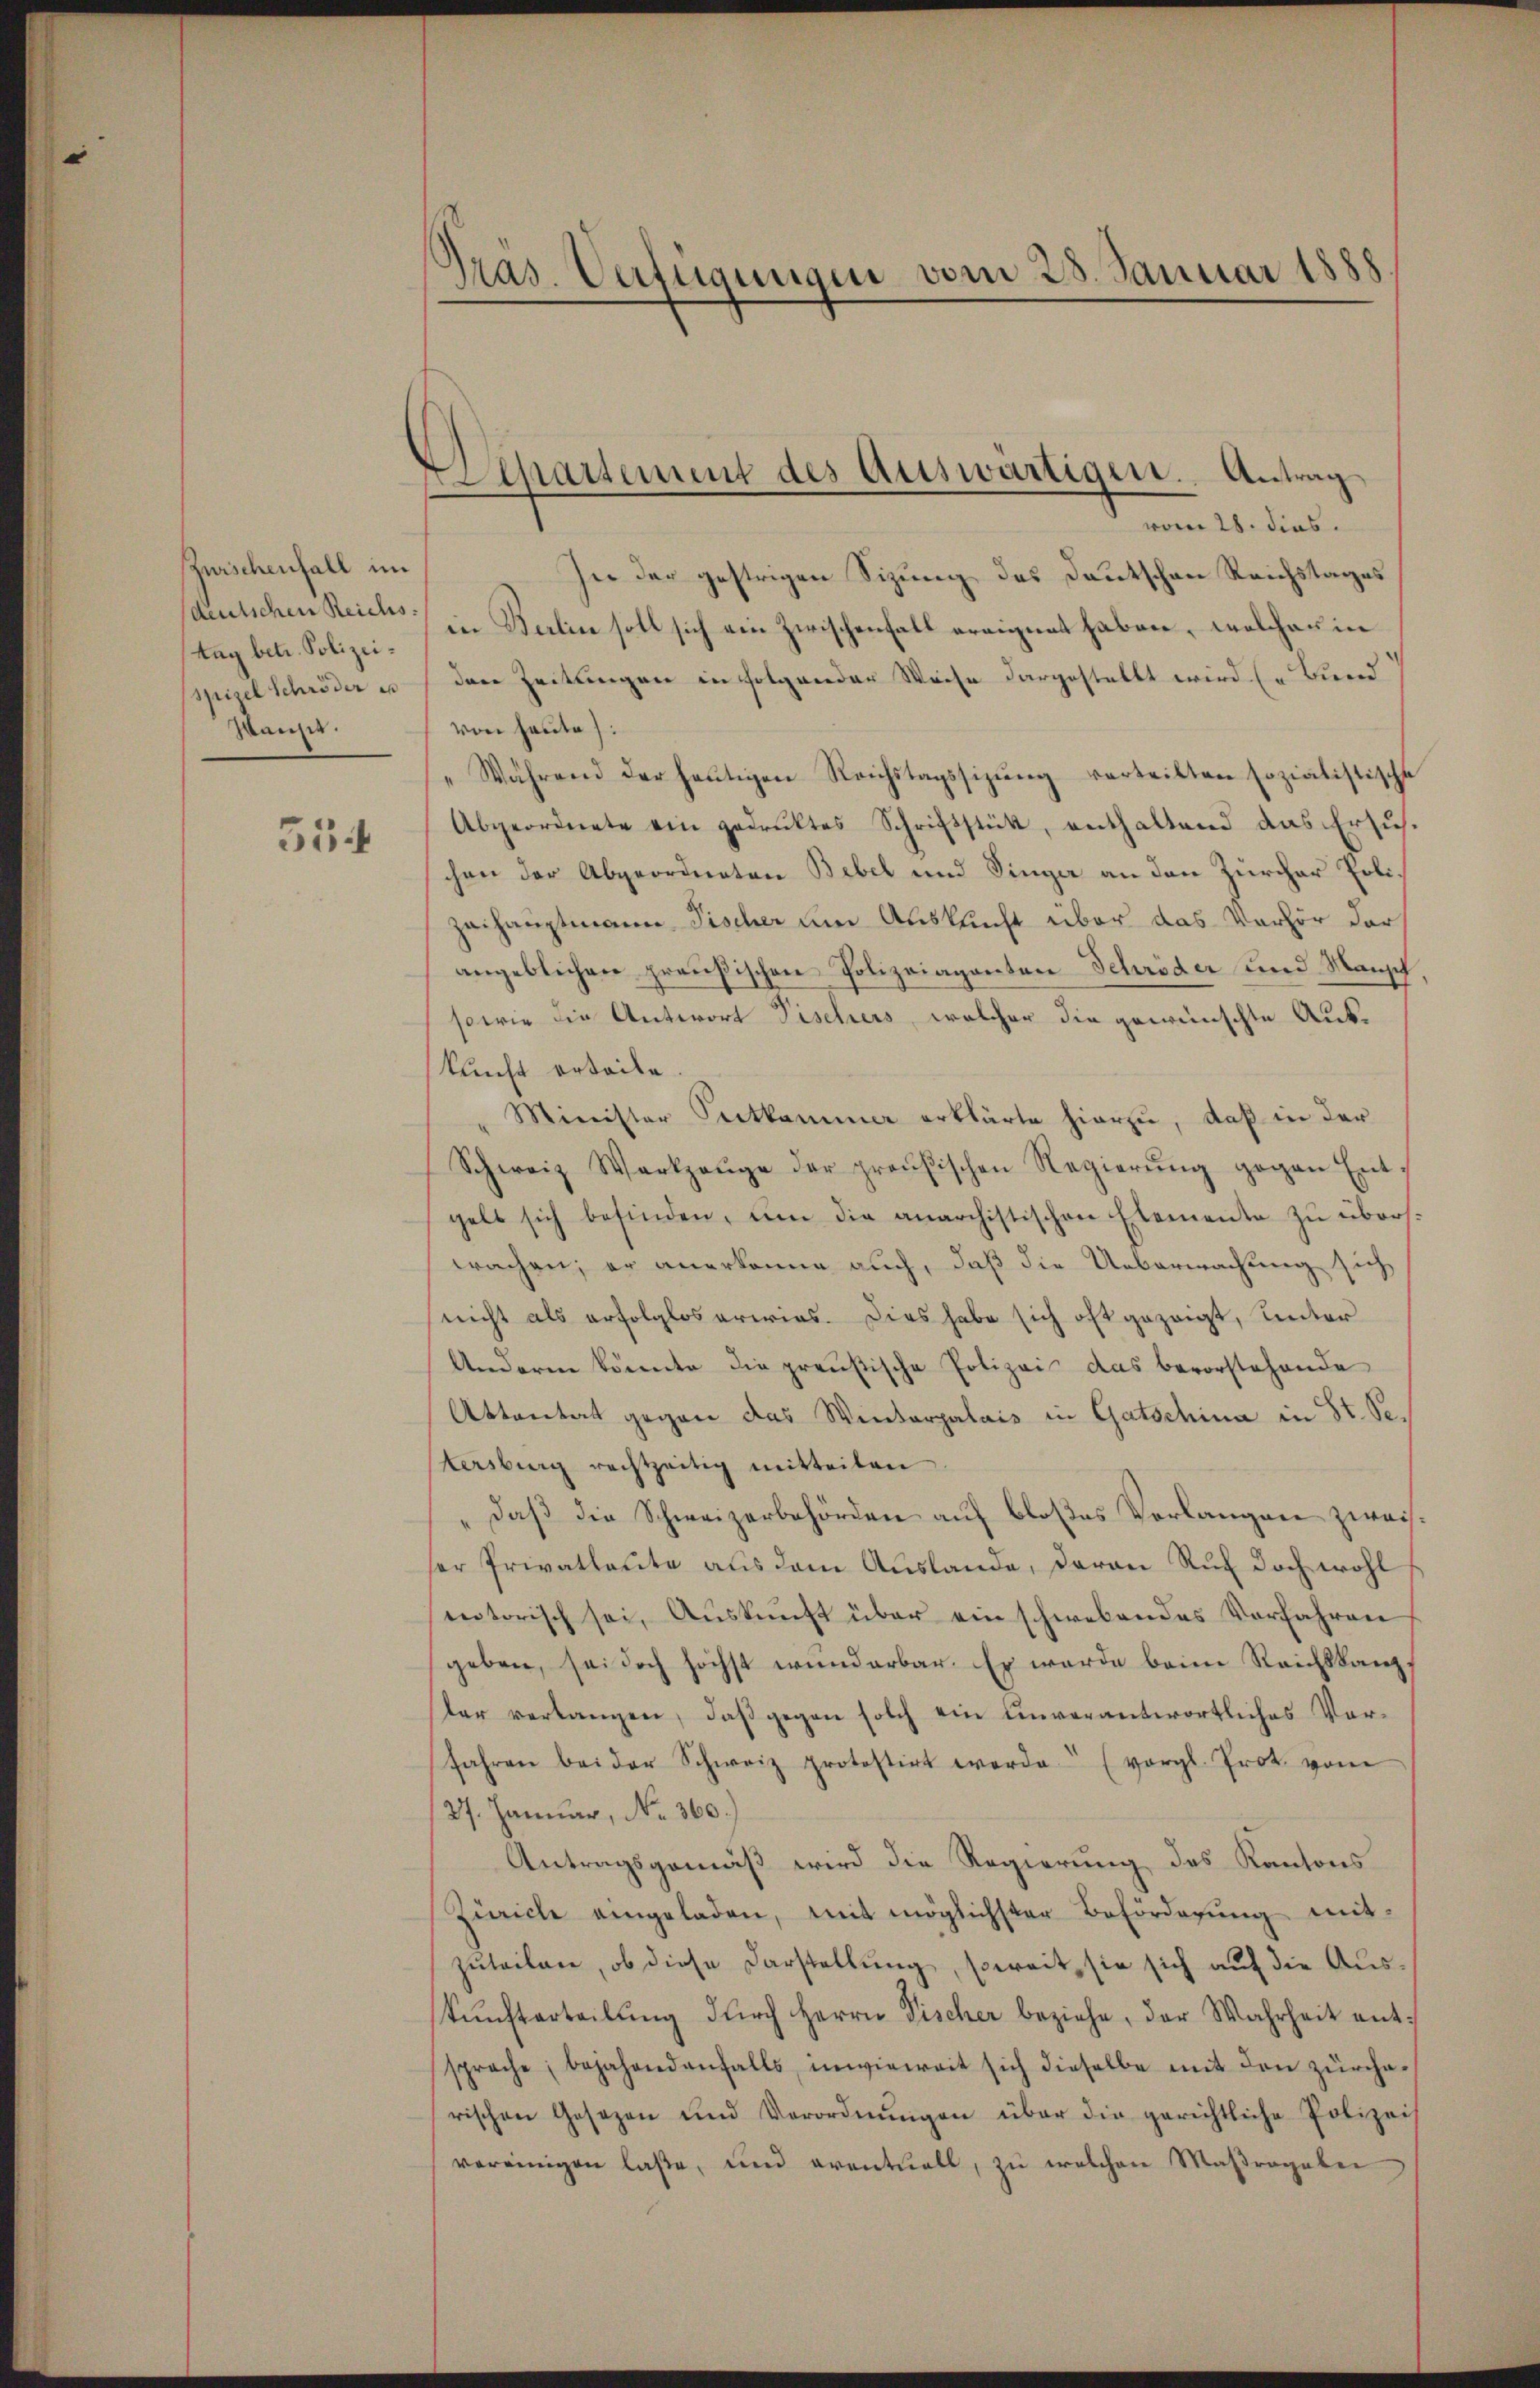
Zurschenfall im
sdeutschen Reichs.
tag betr. Polizeispisel Schröder es
Waichis.

554

vom 28. dies.
In der gestrigen Sizung des Deutschen Reichstages
in Berlin soll sich ein zwischenfall ereignet haben, welcher in
den Zeitungen in folgender Weise dargestellt wird (Bund
von heute).
Während der heŭtigen Reichstagssizŭng verteilten sozialistisch
Abgeordnete ein gedruktes Schriftstütt, enthaltend das Ersuhchen der Abgeordneten Bebel und Singe an den Zürcher Polizeihauptmann Fischer um Auskunft über das Verhör der
angeblichen preußischen Polizeiaganten Schröder und Mansch
sowie die Antwort Fischers, welcher die gewünschte Auskunft erteile.
Minister Putkammer erklärte hierzu, daß in der
Schweiz Werkzeuge der preußischen Regierŭng gegen Entgelt sich befinden, um die anarchistischen Elemente zu übers.
wachen; er anerkanne auch, daß die Ueberwachung sich
nicht als erfolglos erwies. Dies habe sich oft gezeigt, unter
Anderen könnte die preußische Polizei das bevorstehende
Attantat gegen das Wiederpalais in Gatschina in St. Se.
tersburg rechtzeitig mitteilen
daß die Schweizerbehörden auf bloßes Vorlangene zweiser Privatleute aus dem Auslande, daran Ruf doch wohl
entorisch sei, Auskunft über ein schwebendes Verfahren
geben, sei doch höchst wunderbar. Er wurde beim Reichskanzler verlangen, daβ gegen solch ein unverantwortliches Verfahren bei der Schweiz protestirt werde (vergl. Prot. vom
27. Januar, No. 360.
Antragsgemäß wird die Regierung des Kantons
Ziiche angeladen, mit möglichster Beförderŭng mitzuteilen, ob diese Darstellung, soweit, sie sich auf die Auskŭnfterteilŭng dŭrch Herrn Tischer beziehe, der Wahrheit ent-
sprache; bejahendenfalls, inwieweit sich dieselbe mit den zürcherischen Gesezen und Verordnŭngen über die gerichtliche Polizeis
vereinigen laße, und eventuell, zu welchen Maßregelei

Gras. Verfügungen vom 28. Januar 1888

Departement des Auswärtigen. Antrag